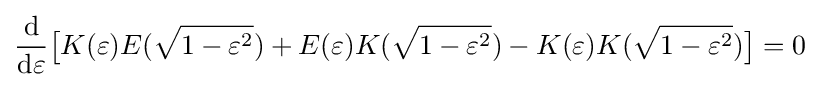
{\frac {\mathrm {d} }{\mathrm {d} \varepsilon }}{\bigl [}K(\varepsilon )E({\sqrt {1-\varepsilon ^{2}}})+E(\varepsilon )K({\sqrt {1-\varepsilon ^{2}}})-K(\varepsilon )K({\sqrt {1-\varepsilon ^{2}}}){\bigr ]}=0